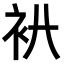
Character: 𧘒